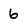
Character: 6